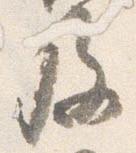
及